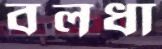
বলধা